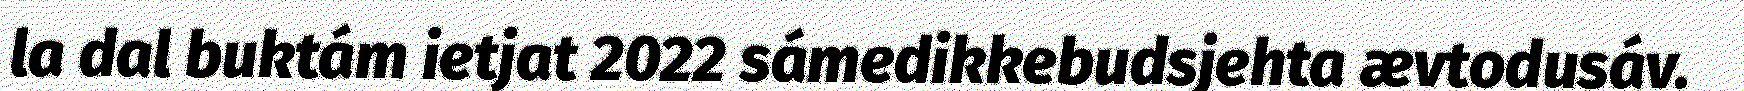
la dal buktám ietjat 2022 sámedikkebudsjehta ævtodusáv.